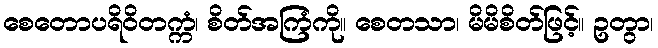
စေတောပရိဝိတက္ကံ၊ စိတ်အကြံကို။ စေတသာ၊ မိမိစိတ်ဖြင့်။ ဥတွာ၊